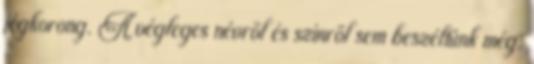
jégkorong. A végleges névről és színről sem beszéltünk még,